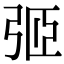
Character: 弬